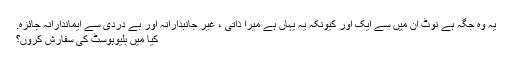
یہ وہ جگہ ہے نوٹ ان میں سے ایک اور کیونکہ یہ یہاں ہے میرا ذاتی ، غیر جانبدارانہ اور بے دردی سے ایماندارانہ جائزہ.
کیا میں بلیوہوسٹ کی سفارش کروں؟